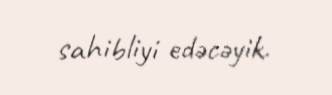
sahibliyi edəcəyik.